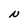
Character: N